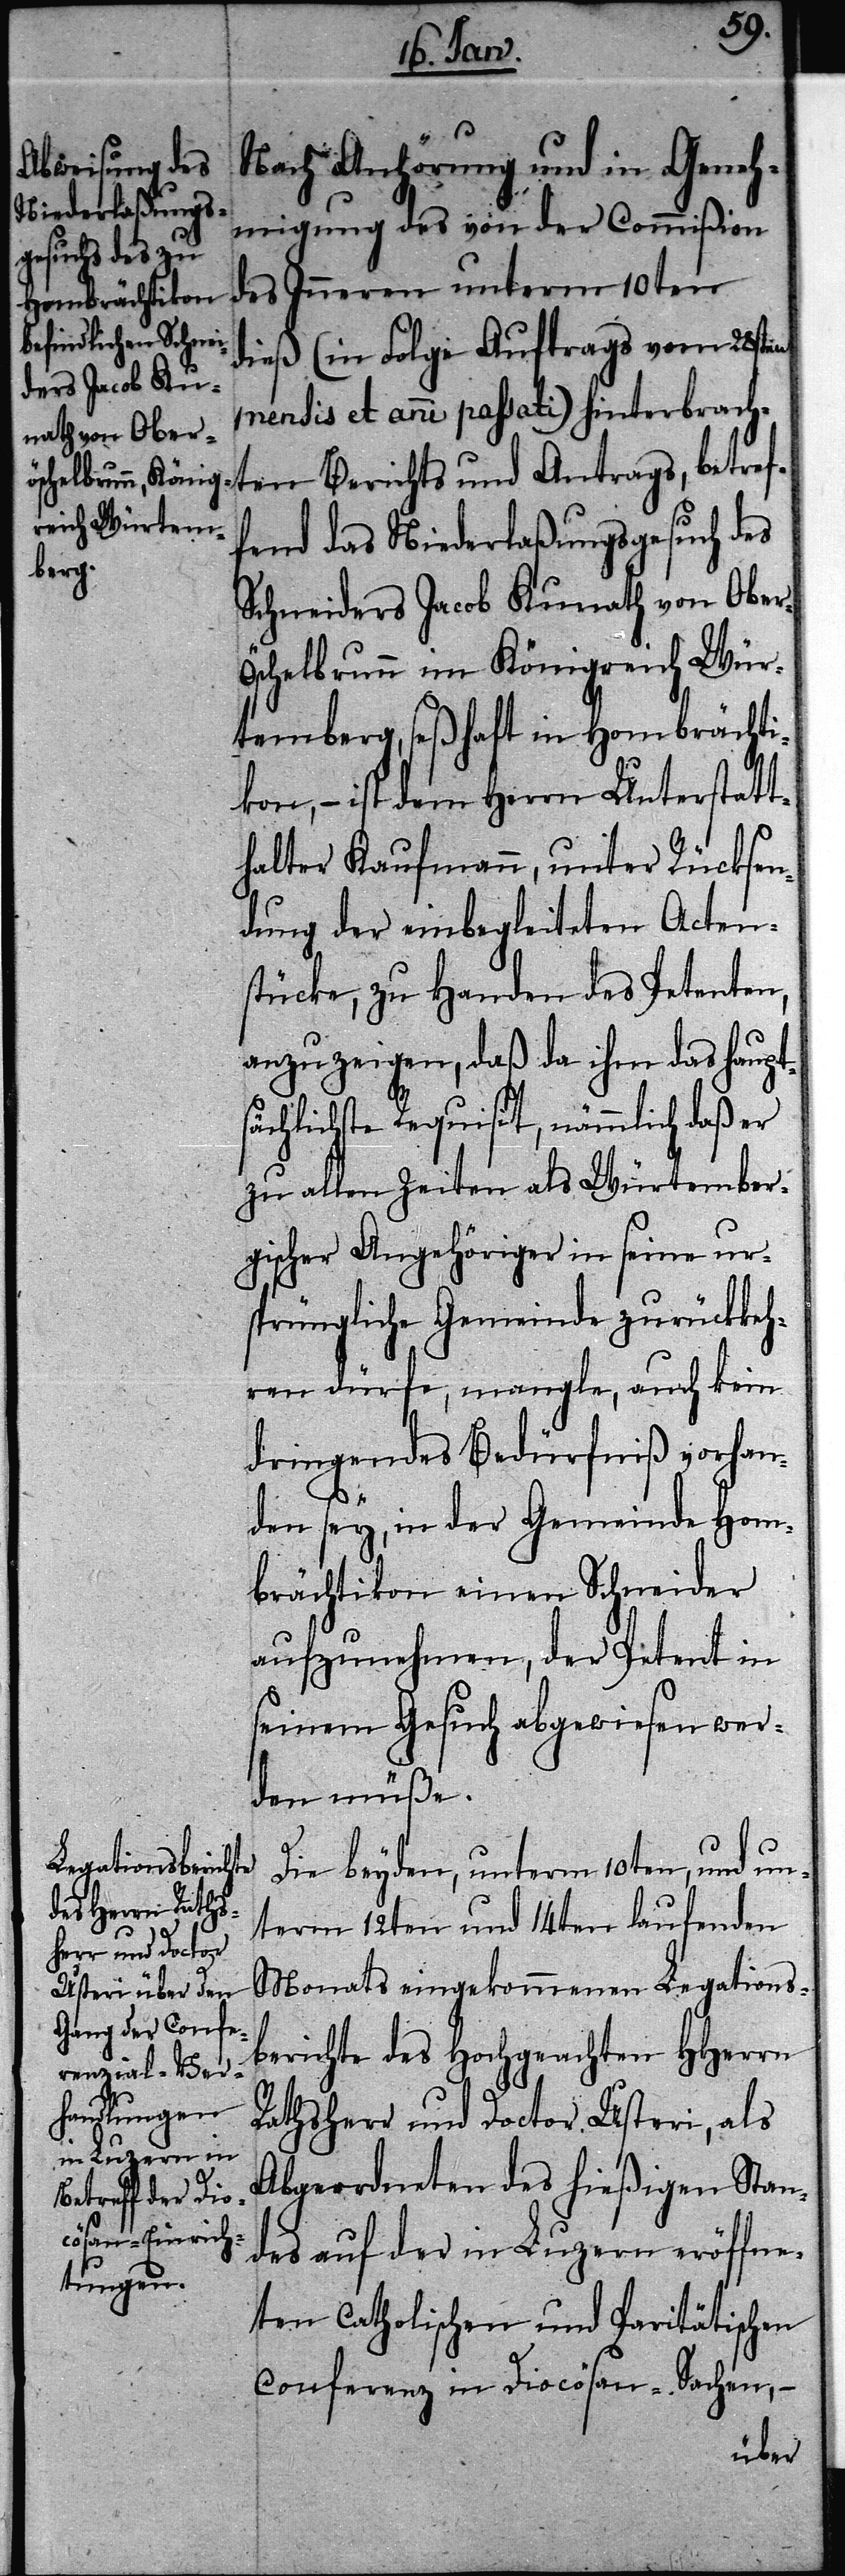
Nach Anhörung und in Geneh¬
migung des von der Commißion
des Inneren unterm 10ten
dieß (in Folge Auftrags vom 28sten
mensis et anni passati) hinterbrach¬
ten Berichts und Antrags, betref¬
fend das Niederlaßungsgesuch des
Schneiders Jacob Kunath von Ober¬
öschelbrunn im Königreich Wür¬
temberg, seßhaft in Hombrächti¬
kon, – ist dem Herrn Unterstatt¬
halter Kaufmann, unter Rücksen¬
dung der einbegleiteten Acten¬
stücke, zu Handen des Petenten,
anzuzeigen, daß da ihm das haupt¬
sächlichste Requisit, nämmlich daß er
zu allen Zeiten als Würtember¬
gischer Angehöriger in seine ur¬
sprüngliche Gemeinde zurückkeh¬
ren dürfe, mangle, auch kein
dringendes Bedürfniß vorhan¬
den sey, in der Gemeinde Hom¬
brächtikon einen Schneider
aufzunehmen, der Petent in
seinem Gesuch abgewiesen wer¬
den müße.
Die beyden, unterm 10ten, und un¬
term 12ten und 14ten laufenden
Monats eingekommenen Legations¬
berichte des Hochgeachten HHerrn
Rathsherr und Doctor Usteri, als
Abgeordneten des hießigen Stan¬
des auf der in Luzern eröffne¬
ten Catholischen und Paritätischen
Conferenz in Diocösan-Sachen, –